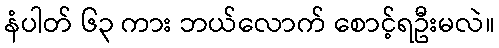
နံပါတ် ၆၃ ကား ဘယ်လောက် စောင့်ရဦးမလဲ။